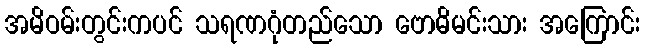
အမိဝမ်းတွင်းကပင် သရဏဂုံတည်သော ဗောဓိမင်းသား အကြောင်း